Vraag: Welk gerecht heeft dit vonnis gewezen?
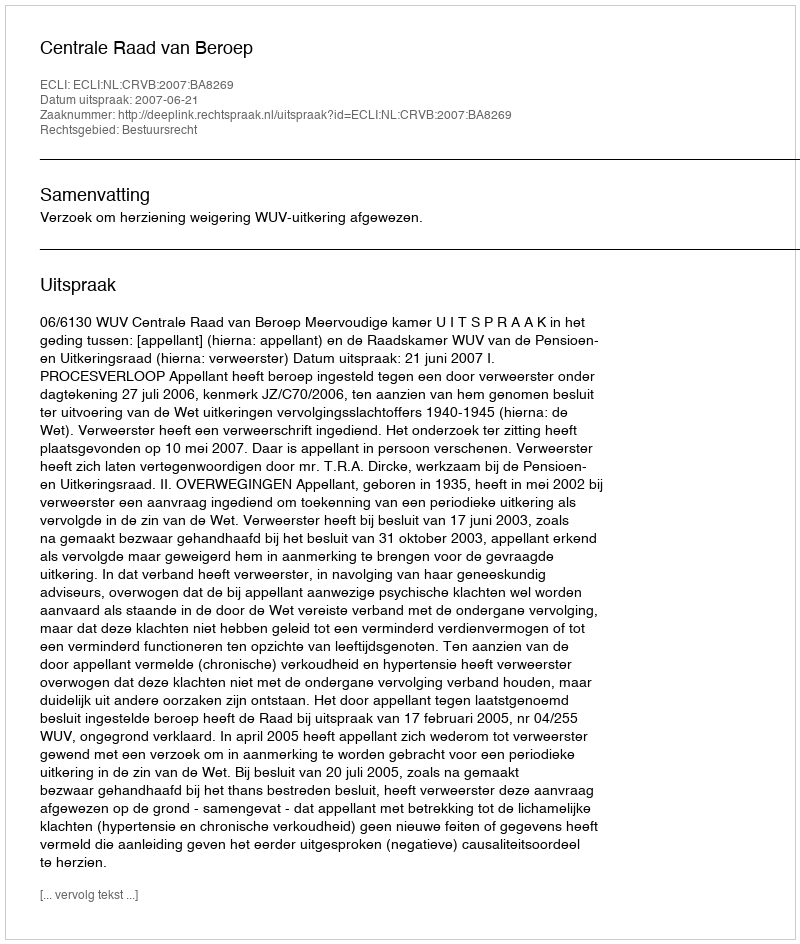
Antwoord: Centrale Raad van Beroep